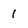
Character: l